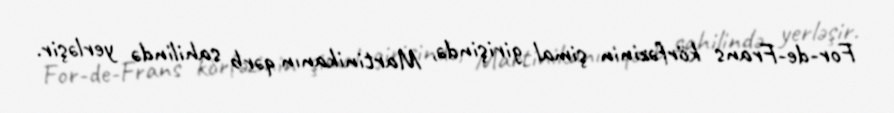
For-de-Frans körfəzinin şimal girişində, Martinikanın qərb sahilində yerləşir.